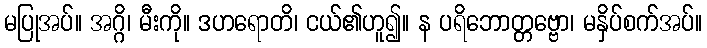
မပြုအပ်။ အဂ္ဂိ၊ မီးကို။ ဒဟရောတိ၊ ငယ်၏ဟူ၍။ န ပရိဘောတ္တဗ္ဗော၊ မနှိပ်စက်အပ်။